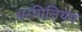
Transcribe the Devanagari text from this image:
परगिलियम